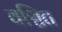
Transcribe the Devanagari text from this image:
वञ्चित